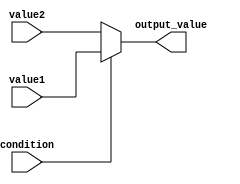
module conditional_operator_assignment (
    input wire condition,      // Boolean condition input
    input wire [7:0] value1,  // First value input
    input wire [7:0] value2,  // Second value input
    output reg [7:0] output_value // Output variable
);

// Combinational logic using the conditional operator
always @(*) begin
    output_value = condition ? value1 : value2; // Conditional assignment
end

endmodule